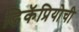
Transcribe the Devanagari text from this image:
डिकॅप्रियोची